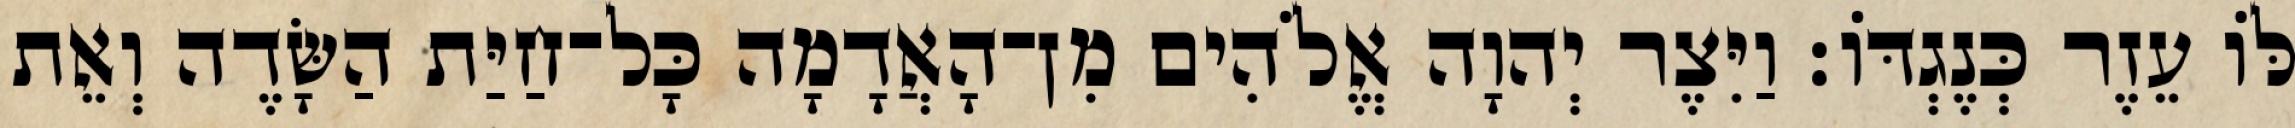
לֹּו עֵזֶר כְּנֶגְדֹּו׃ וַיִּצֶר יְהוָה אֱלֹהִים מִן־הָאֲדָמָה כָּל־חַיַּת הַשָּׂדֶה וְאֵת